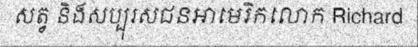
សត្វ និងសប្បុរសជនអាមេរិកលោក Richard